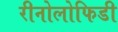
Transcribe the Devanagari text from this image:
रीनोलोफिडी